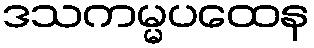
ဒသကမ္မပထေန